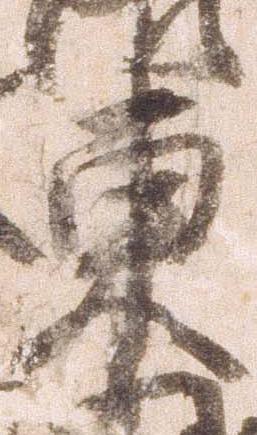
東